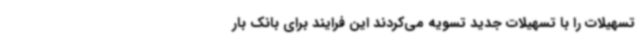
تسهیلات را با تسهیلات جدید تسویه می‌کردند این فرایند برای بانک بار